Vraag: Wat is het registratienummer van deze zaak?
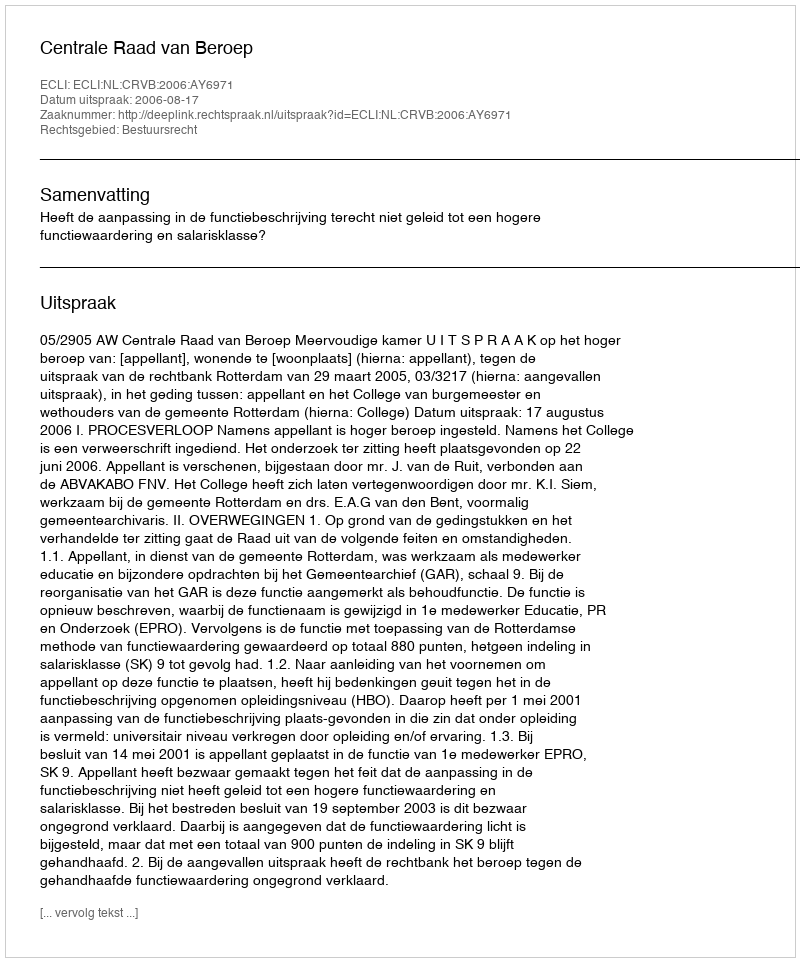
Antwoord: http://deeplink.rechtspraak.nl/uitspraak?id=ECLI:NL:CRVB:2006:AY6971